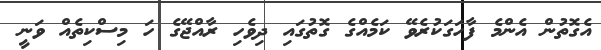
އެގޮތުން އެންމެ ފާހަގަކުރެވޭ ކަމެއްގެ ގޮތުގައި ދިވެހި ރާއްޖޭގެ ހަ މިސްކިތެއް ވަނީ